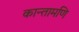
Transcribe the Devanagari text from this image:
कान्तामणि